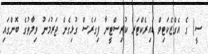
ސީ) ގެ އެގްޒެކަޓިވް ޑައިރެކްޓަރ ކުރިސްޓީނާ ފިގަރެސް ގުޅިގެން ޖަރުމަނު ވިލާތުގެ ބޮންގައި